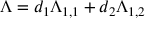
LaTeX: \Lambda = d _ { 1 } \Lambda _ { 1 , 1 } + d _ { 2 } \Lambda _ { 1 , 2 }